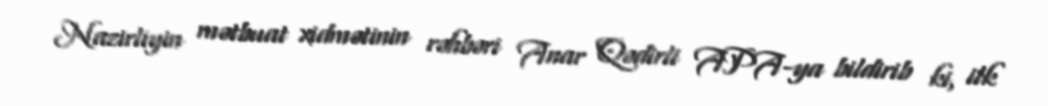
Nazirliyin mətbuat xidmətinin rəhbəri Anar Qədirli APA-ya bildirib ki, ilk